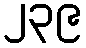
၂၃၉